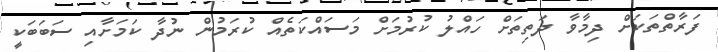
ފަރާތްތަކަށް ދިމާވާ ދަތިތަށް ހައްލު ކުރުމަށް މަސައްކަތެއް ކުރަމުން ނުދާ ކަމަށާއި ސަބަބަކީ